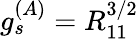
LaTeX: g_{s}^{(A)}=R_{11}^{3/2}